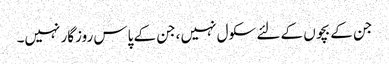
جن کے بچوں کے لئے سکول نہیں ،جن کے پاس روزگار نہیں۔